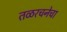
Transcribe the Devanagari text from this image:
तळरचनेचा